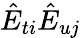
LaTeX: \hat{E}_{ti}\hat{E}_{uj}